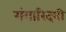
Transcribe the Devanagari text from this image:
गंगारिदयी